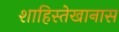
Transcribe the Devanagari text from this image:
शाहिस्तेखानास